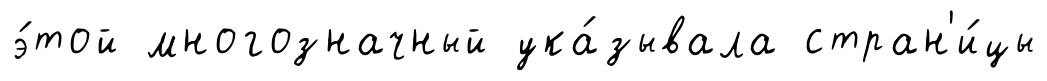
э́той многозначный ука́зывала стран'и́цы